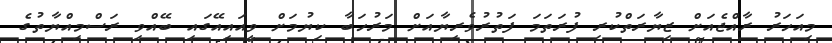
މިއަހަރު ރާއްޖެއަށް ޒިޔާރަތްކުރި ފުރަތަމަ ފަތުރުވެރިޔާއަށް މަރުހަބާ ކިޔުމަށް ވީއައިއޭގައި ބޭއްވި ރަސްމިއްޔާތުގެ